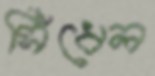
সিঁধেল